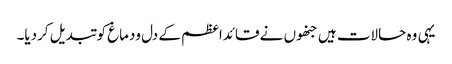
یہی وہ حالات ہیں جنھوں نے قائداعظم کے دل ودماغ کو تبدیل کردیا۔